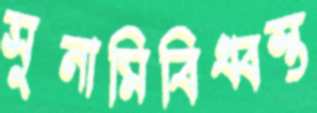
সুনামিবিধ্বস্ত